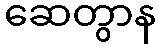
ဆေတွာန